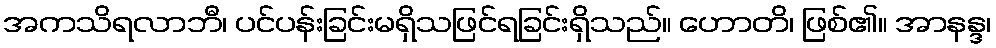
အကသိရလာဘီ၊ ပင်ပန်းခြင်းမရှိသဖြင်ရခြင်းရှိသည်။ ဟောတိ၊ ဖြစ်၏။ အာနန္ဒ၊